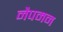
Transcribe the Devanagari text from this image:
नैपमन